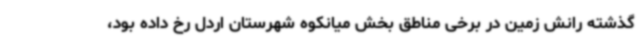
گذشته رانش زمین در برخی مناطق بخش میانکوه شهرستان اردل رخ داده بود،